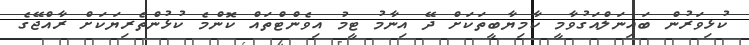
ކުޅިވަރުން ބައިނަލްއަގުވާމީ ކާމިޔާބީތަކަށް ދޭ އިނާމު ޓީމު އިވެންޓްތައް ކޮންމެ ކުޅުންތެރިޔަކަށް ރާއްޖޭގެ